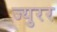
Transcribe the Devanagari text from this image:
ज्युरर